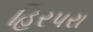
હિરપરા